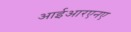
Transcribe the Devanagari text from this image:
आईआरएनए